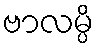
ဗာလမ္ပိ